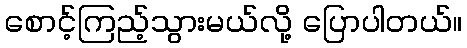
စောင့်ကြည့်သွားမယ်လို့ ပြောပါတယ်။